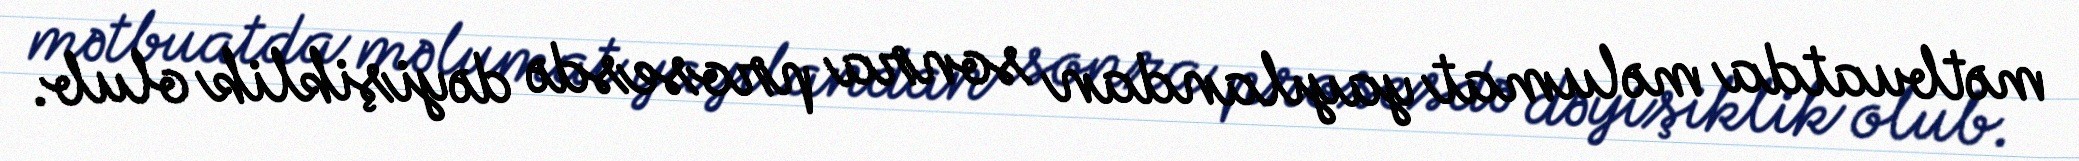
mətbuatda məlumat yayılandan sonra prosesdə dəyişiklik olub.